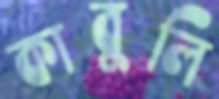
কাবুলি